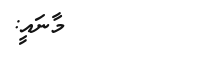
މާނައީ: